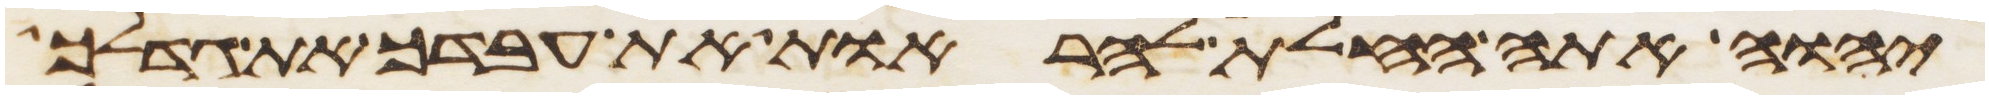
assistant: יהוה אתה החלת להראות את עבדך את גדלך